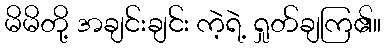
မိမိတို့ အချင်းချင်း ကဲ့ရဲ့ ရှုတ်ချကြ၏။